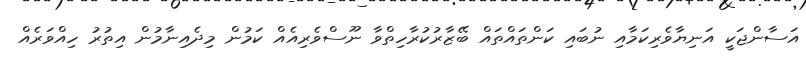
އަސާންޖަކީ އަނިޔާވެރިކަމާއި ނުބައި ކަންތައްތައް ބޭޒާރުކުރާހިތްވާ ނޫސްވެރިއެއް ކަމުން މިދެއިނާމުން އިތުރު ހިއްވަރެއް